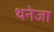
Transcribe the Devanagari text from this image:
थनेजा